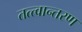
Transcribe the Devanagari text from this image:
तत्त्वान्तरण